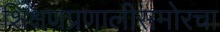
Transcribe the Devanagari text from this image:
शिक्षणप्रणालीसमोरचा